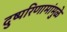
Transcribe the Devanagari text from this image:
दुष्परिणामांमुळे